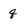
Character: q